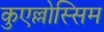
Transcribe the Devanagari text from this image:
कुएल्लोस्सिम